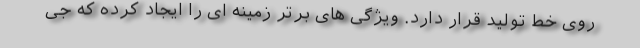
روی خط تولید قرار دارد. ویژگی های برتر زمینه ای را ایجاد کرده که جی